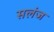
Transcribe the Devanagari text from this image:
सलंज